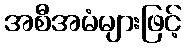
အစီအမံများဖြင့်